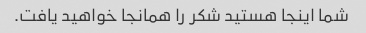
شما اینجا هستید شکر را همانجا خواهید یافت.